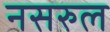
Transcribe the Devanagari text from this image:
नसरुल